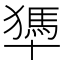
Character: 𠧀